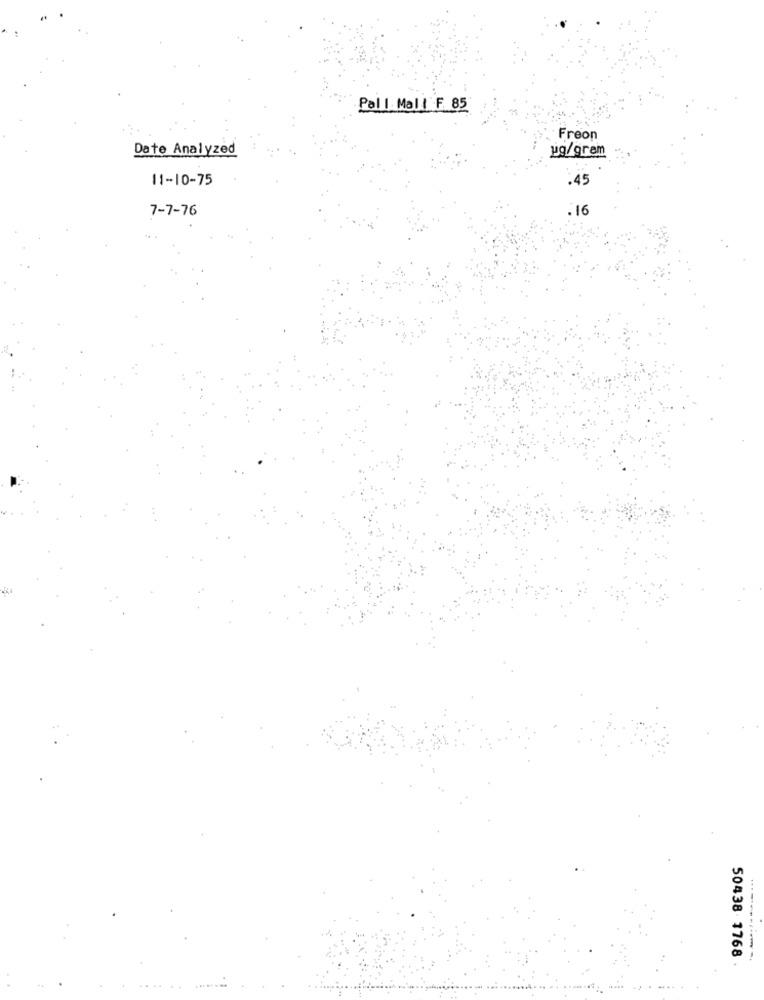
Pall Mall F. 85
Freon
Date Analyzed
ug/gram
11-10-75
.45
7-7-76
.16
50438 1768